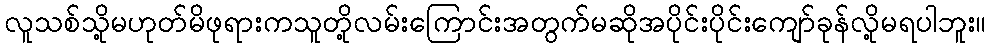
လူသစ်သို့မဟုတ်မိဖုရားကသူတို့လမ်းကြောင်းအတွက်မဆိုအပိုင်းပိုင်းကျော်ခုန်လို့မရပါဘူး။